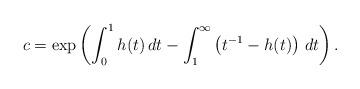
LaTeX: \begin{align*}c = \exp\left(\int_0^1 h(t) \, dt - \int_1^\infty \left(t^{-1}-h(t)\right) \, dt \right).\end{align*}